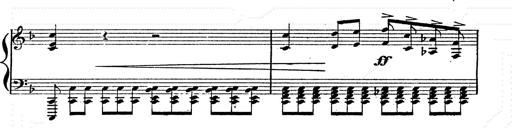
Title: Franz Schuberts geistliche Lieder
Composer: Franz Liszt